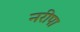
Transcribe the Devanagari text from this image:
नरीपा